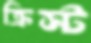
ক্রিস্ট